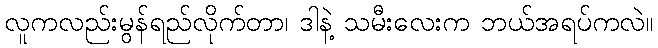
လူကလည်းမွန်ရည်လိုက်တာ၊ ဒါနဲ့ သမီးလေးက ဘယ်အရပ်ကလဲ။